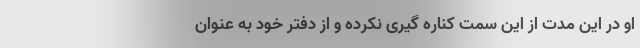
او در این مدت از این سمت کناره گیری نکرده و از دفتر خود به عنوان